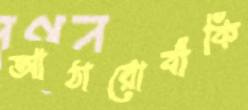
আঠারোবাঁকি